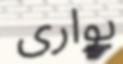
بوارى